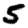
Digit: 5